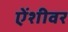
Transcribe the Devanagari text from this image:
ऐंशीवर